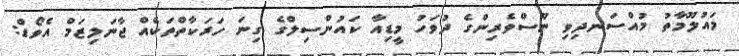
މައުލޫމާތު މުއްސަނދިވި ނޫސްވެރިންގެ ދުވަހު މީޑިއާ ކައުންސިލްގެ ގިނަ ހަރަކާތްތަކެއް ޖާނަލިޒަމް އެވޯޑް: